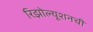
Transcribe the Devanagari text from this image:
रिझोल्यूशनची